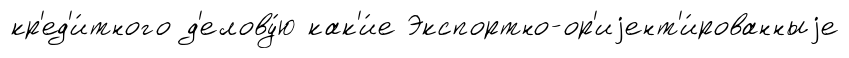
кр'ед'и́тного д'елову́ю как'и́е Экспортно-ор'иjент'и́рованныjе